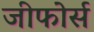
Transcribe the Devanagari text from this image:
जीफोर्स